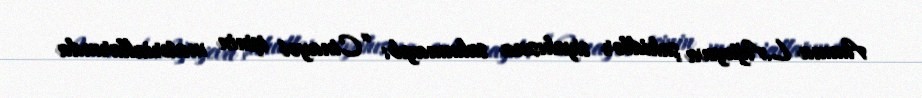
Amma L.Ağayeva şahidlər siyahısına salınmayıb: “Cinayət işinin materiallarında